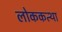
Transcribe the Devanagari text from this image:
लोककत्था